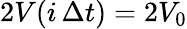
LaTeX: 2V(i\, \Delta t)=2V_{0}